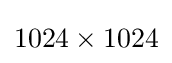
1024\times 1024